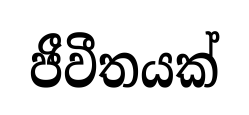
ජීවීතයක්